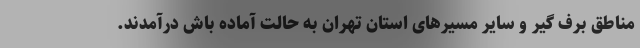
مناطق برف گیر و سایر مسیرهای استان تهران به حالت آماده باش درآمدند.